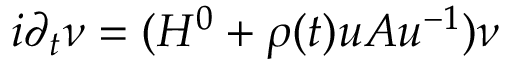
i \partial _ { t } \nu = ( H ^ { 0 } + \rho ( t ) u A u ^ { - 1 } ) \nu